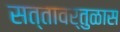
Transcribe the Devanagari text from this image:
सत्तावर्तुळास